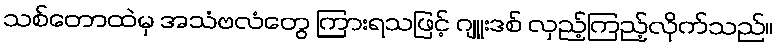
သစ်တောထဲမှ အသံဗလံတွေ ကြားရသဖြင့် ဂျူးဒစ် လှည့်ကြည့်လိုက်သည်။